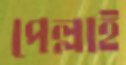
পেল্লাই